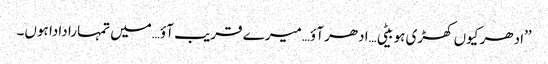
’’ادھر کیوں کھڑی ہو بیٹی…ادھر آؤ…میرے قریب آؤ…میں تمہارا دادا ہوں۔